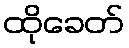
ထိုခေတ်